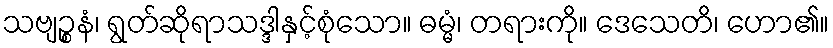
သဗျဉ္စနံ၊ ရွတ်ဆိုရာသဒ္ဒါနှင့်စုံသော။ ဓမ္မံ၊ တရားကို။ ဒေသေတိ၊ ဟော၏။